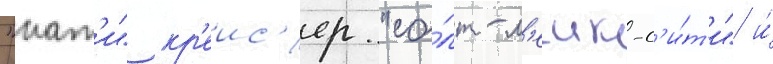
"нат'и" кр'еис'ер "со́лт-л'еик-с'и́т'и" и́